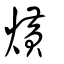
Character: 熿